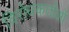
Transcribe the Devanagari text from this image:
विरोधकर्ताओं